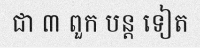
ជា ៣ ពួក បន្ត ទៀត